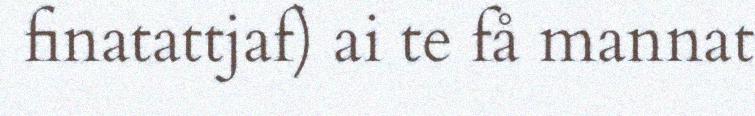
finatattjaf) ai te få mannat